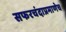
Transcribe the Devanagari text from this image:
सफरचंदाप्रमाणेच